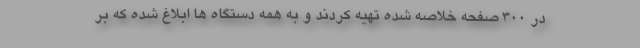
در ۳۰۰ صفحه خلاصه شده تهیه کردند و به همه دستگاه ها ابلاغ شده که بر